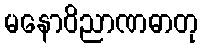
မနောဝိညာဏဓာတု